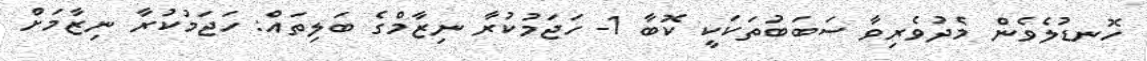
ހޮނޑުލެވެން މެދުވެރިވާ ސަބަބުތަކަކީ ކޮބާ 1- ހަޖަމުކުރާ ނިޒާމްގެ ބަލިތައް: ހަޖަމުކުރާ ނިޒާމަށް